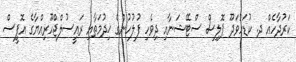
ކަރުދާހެއް ދ. ކުޑަހުވަދޫ ޕޮލިސް ސްޓޭޝަނާއި ދިވެހި ފުލުހުންގެ ޚިދުމަތާއި ރައީސުލްޖްހޫރިއްޔާގެ އޮފީސް